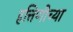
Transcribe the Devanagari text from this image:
हत्तिणीच्या